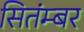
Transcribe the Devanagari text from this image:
सितंम्बर